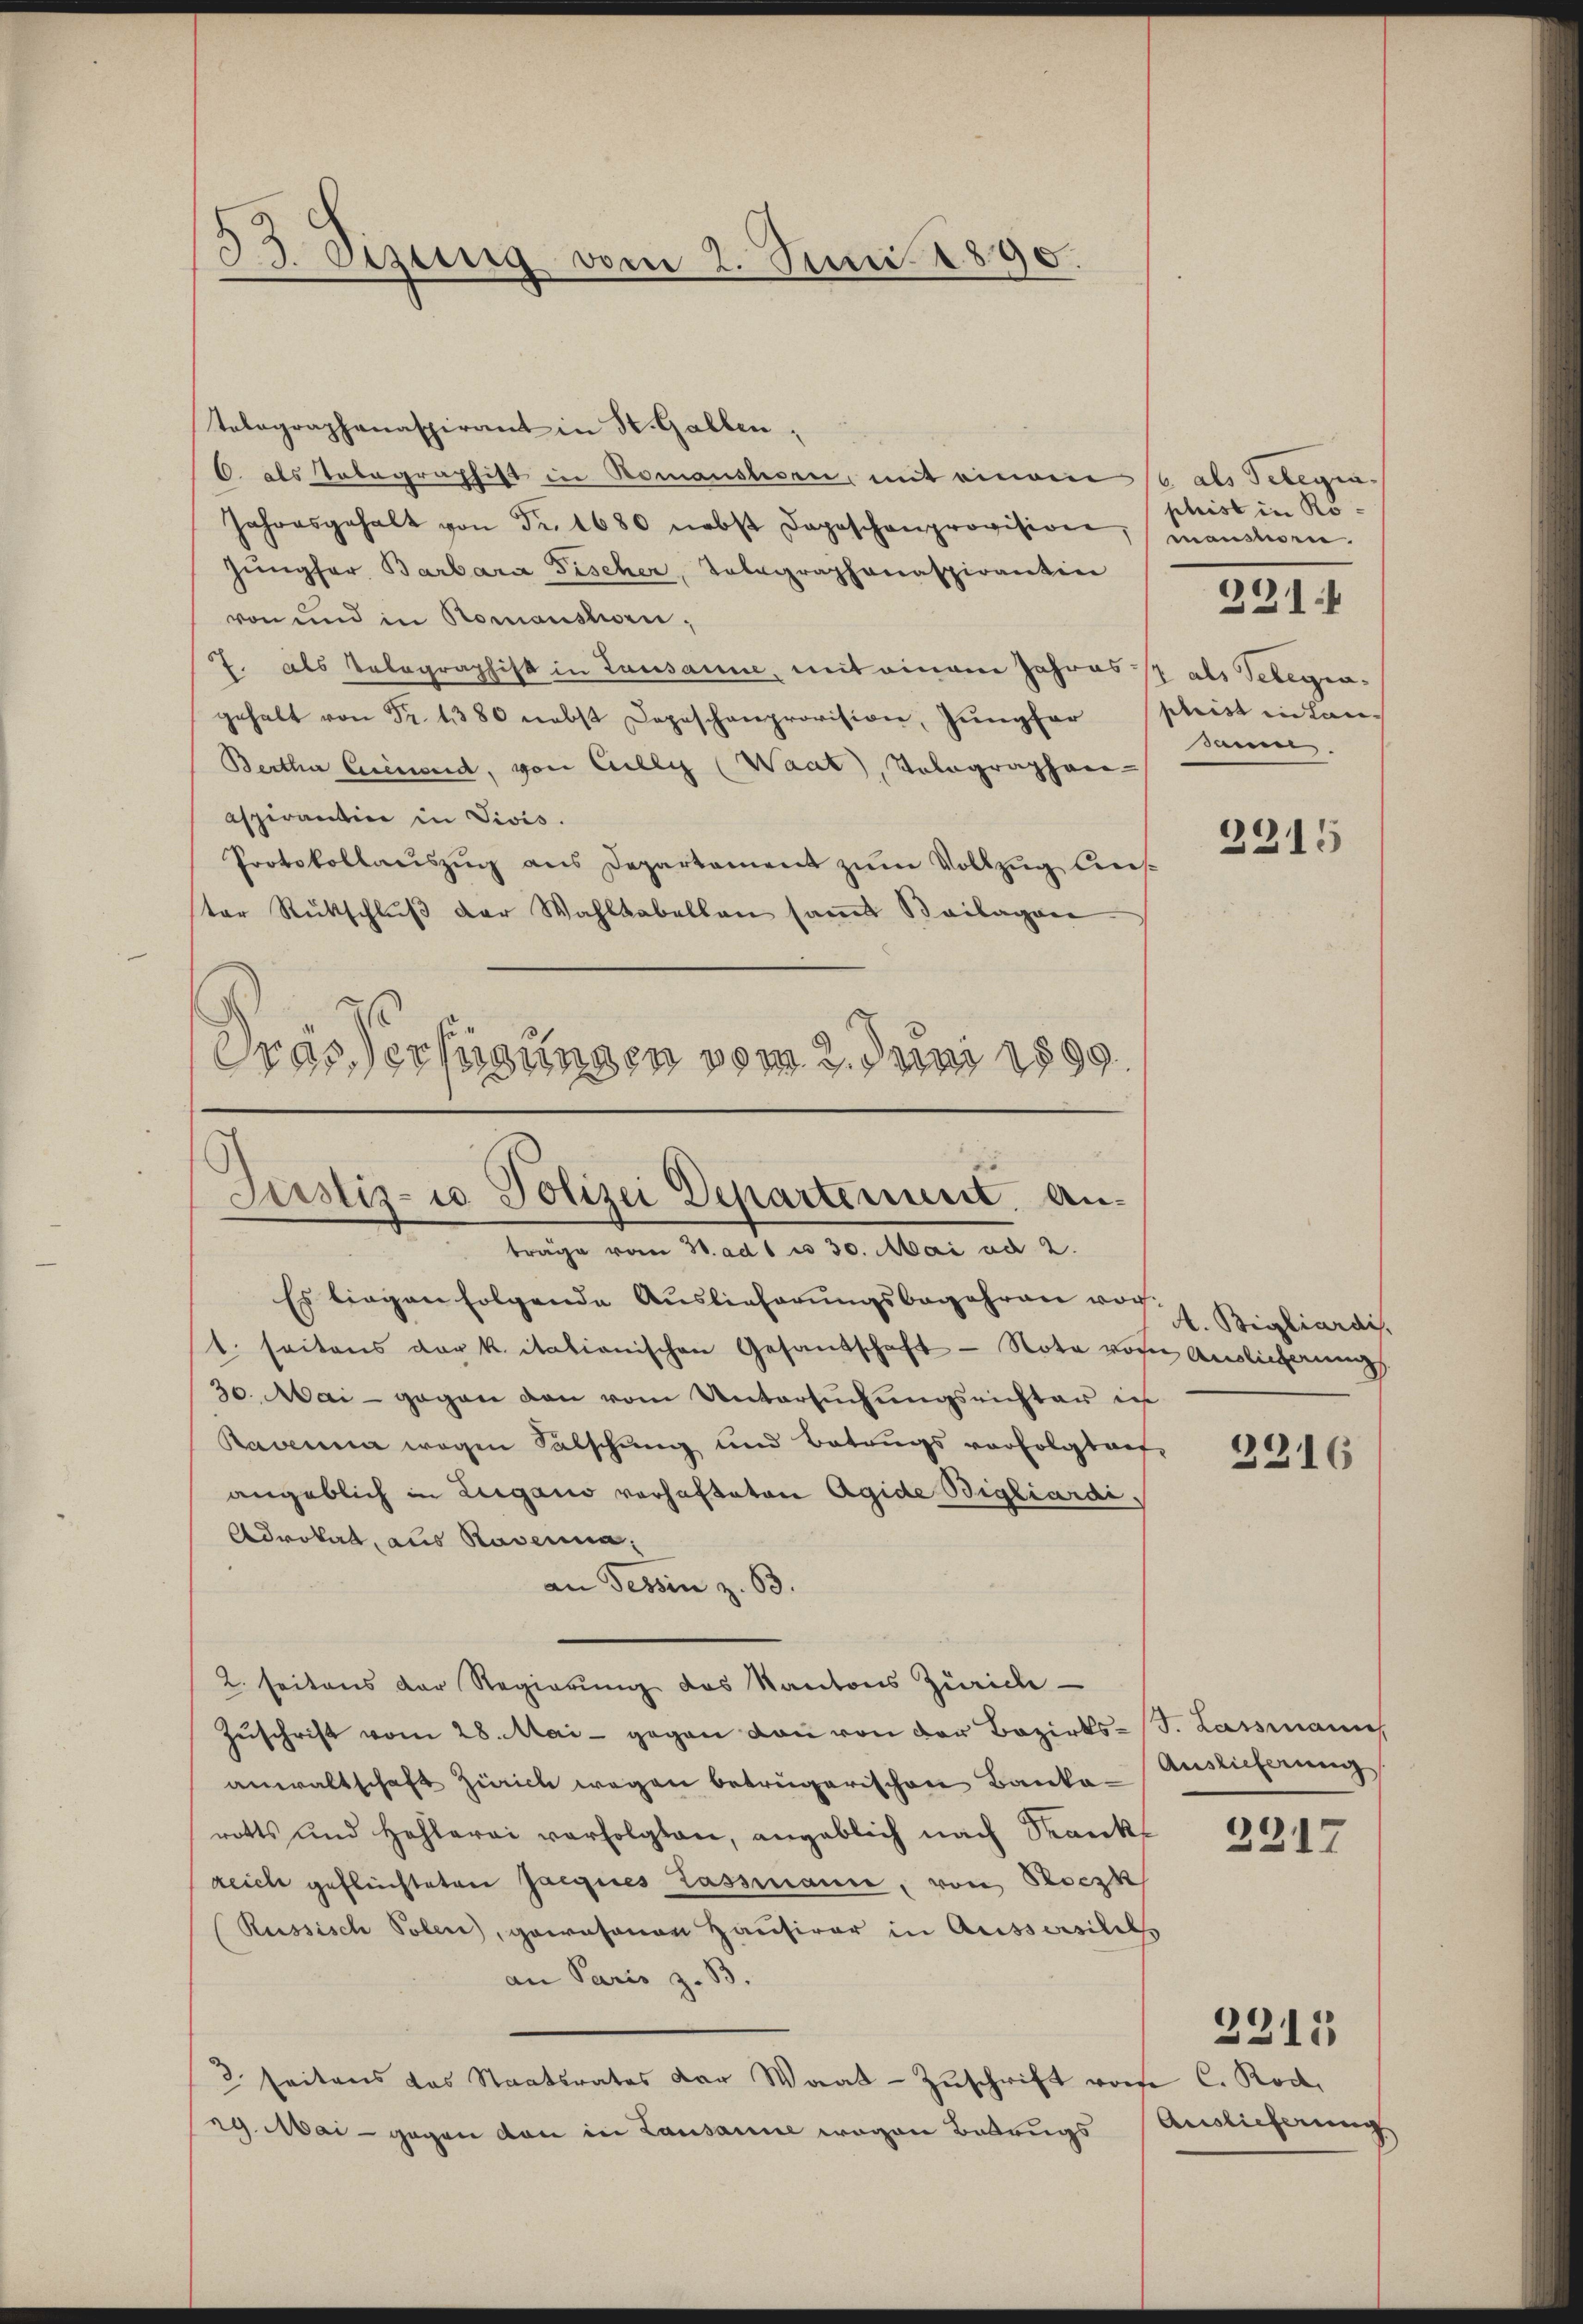
33. Sizung vom 2. Juni 1890.

Telegraphenaspirant in St. Gallen.
6. als Tabagraphist in Romanshorn, mit einem 16 als Telegra¬
Jahresgehalt von Fr. 1680 nebst dageschenprovision, mansten.
Jŭngfer Barbara Fischer, Telegraphanaspirantin
von und in Romansten,
J. als Telegraphist in Lausanne, mit einem Jahres als Telegengehalt von Fr. 1380 nebst Depeschenprovision, Jungfer phist in Lan-
Bertha Gerinend, von Cilly (Waat, Tolographen-
aspirantin in Divis.
Protokollauszug aus Departement zum Vollzug liester Rückschlŭβ der Wahlkabellan samt Beilagen
Pras Verfügungen vom 2. Juni 1899.

Justiz- u Polizei Departement. Anträge vom 3. ad 1 n 30. Mai ad 2.

Es liegen folgende Auslieferungsbegehren vort. seitens der k. itationischen Gesandschaft - Note von Auslicherung
30. Mai - gegen von vom Untersuchungsrichter in
Ravenia wegen Falschung und Betrugs vorfolgtaet,
angeblich in Lugano vorhafteten Agide Bigliardi¬
Advokat, aus Rasenna,
an Tessin z. B.
2. seitens der Regierŭng des Kantons Zürich
Zuschrift vom 28. Mai - gegen dan von der Bezirks-S. Lassmann
anwaltschaft Zürich wegen betrügerischen Banka-Auslieferung
rotts und Hehlerei verfolgten, angeblich nach Frankreich geflüchteten Jacques Lassmanne, von Soczk
Russisch Polen, gewesenen Hausirer in Aussersilils
an Paris z. B.
2 seitens das Staatsrates der Waat - Zuschrift vom C. Rod.
g. Mai - gegen von in Lausanne wegen Betrugs

phrist in Rosam.

221.

2315

Bigliardi.

2216

2317

Auslicherung

2211